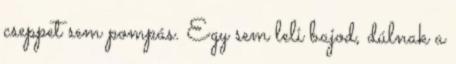
cseppet sem pompás. Egy sem leli bajod, dúlnak a